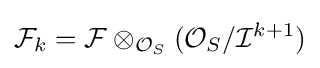
{\mathcal {F}}_{k}={\mathcal {F}}\otimes _{{\mathcal {O}}_{S}}({\mathcal {O}}_{S}/{\mathcal {I}}^{k+1})